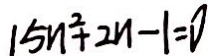
1 5 n ^ { 2 } + 2 n - 1 = 0